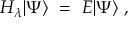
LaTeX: H _ { \lambda } | \Psi \rangle \, \, = \, \, E | \Psi \rangle \, \, ,